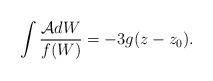
LaTeX: \begin{align*}\int\frac{\mathcal{A}dW}{f(W)}=-3g(z-z_{0}).\end{align*}